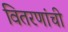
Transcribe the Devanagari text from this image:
वितरणांची